Report of the Imperial Institute of Veterinary Research, Muktesar
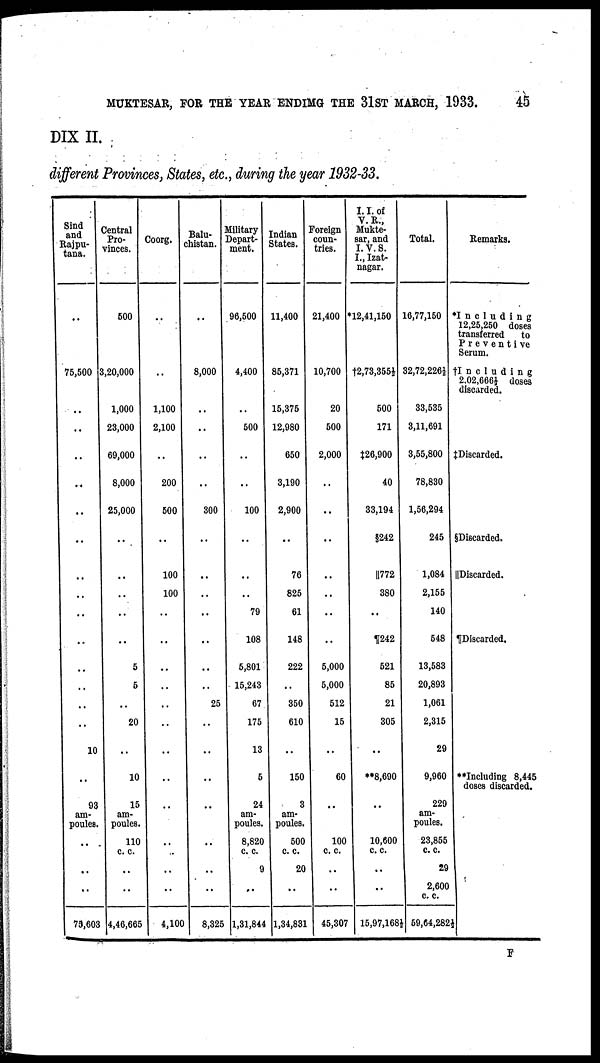
MUKTESAR, FOR THE YEAR ENDIMG THE 31ST MARCH, 1933.
45
DIX II.
different Provinces, States, etc., during the year 1932-33.
Sind
and
Rajpu¬
tana.
..
75,500
..
..
..
..
..
..
..
..
..
..
..
..
..
10
..
93
am-
poules.
..
..
..
75,603
Central
Pro-
vinces.
500
3,20,000
1,000
23,000
69,000
8,000
25,000
..
..
..
..
..
5
5
..
20
..
10
15
am-
poules.
110
c. c.
..
4,46,665
Coorg.
..
1,100
2,100
..
200
500
..
100
100
..
..
..
..
..
..
..
..
..
..
..
..
4,100
Balu-
chistan.
..
8,000
..
..
..
300
..
25
..
..
..
..
..
8,325
Military
Depart-
ment.
96,500
4,400
..
500
..
100
79
108
5,801
15,243
67
175
13
5
24
am-
poules.
8,820
c. c.
9
..
1,31,844
Indian
States.
11,400
85,371
15,375
12,980
650
3,190
2,900
76
825
61
148
222
350
610
150
3
am-
poules.
500
c. c.
20
..
1,34,831
Foreign
coun-
tries.
21,400
10,700
20
500
2,000
..
5,000
5,000
512
15
60
100
c. c.
..
45,307
I. I. of
V. R.,
Mukte¬
sar, and
I. V. S.
I., Izat¬
nagar.
*12,41,150
†2,73,355½
500
171
‡26,900
40
33,194
§242
||772
380
¶242
521
85
21
305
**8,690
10,600
c. c.
..
15,97,168½
Total.
16,77,150
32,72,226½
33,535
3,11,691
3,55,800
78,830
1,56,294
245
1,084
2,155
140
548
13,583
20,893
1,061
2,315
29
9,960
229
am-
poules.
23,855
c. c.
29
2,600
c. c.
59,64,282½
Remarks.
*Including
12,25,250 doses
transferred
to
Preventive
Serum.
†Including
2,02,666½ doses
discarded.
‡ Discarded.
§Discarded.
||Discarded.
¶Discarded.
**Including 8,445
doses discarded.
F